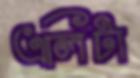
এলিটা